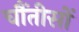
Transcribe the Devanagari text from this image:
चौंतीसों